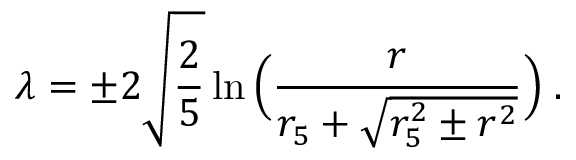
\lambda = \pm 2 \sqrt { \frac { 2 } { 5 } } \ln \Big ( \frac { r } { r _ { 5 } + \sqrt { r _ { 5 } ^ { 2 } \pm r ^ { 2 } } } \Big ) \; .